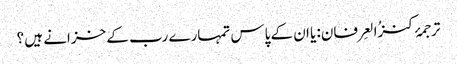
ترجمۂ کنزُالعِرفان: یا ان کے پاس تمہارے رب کے خزانے ہیں ؟